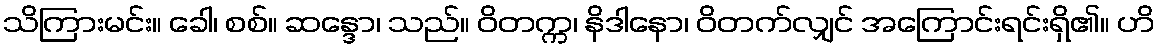
သိကြားမင်း။ ခေါ၊ စစ်။ ဆန္ဒော၊ သည်။ ဝိတက္က၊ နိဒါနော၊ ဝိတက်လျှင် အကြောင်းရင်းရှိ၏။ ဟိ